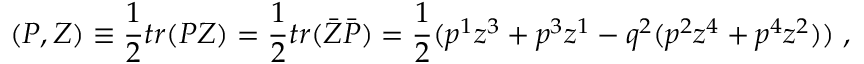
( P , Z ) \equiv \frac { 1 } { 2 } t r ( P Z ) = \frac { 1 } { 2 } t r ( \bar { Z } \bar { P } ) = \frac { 1 } { 2 } ( p ^ { 1 } z ^ { 3 } + p ^ { 3 } z ^ { 1 } - q ^ { 2 } ( p ^ { 2 } z ^ { 4 } + p ^ { 4 } z ^ { 2 } ) ) \; ,